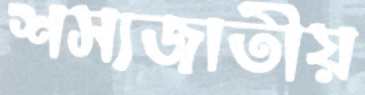
শস্যজাতীয়